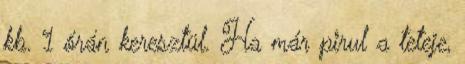
kb. 1 órán keresztül. Ha már pirul a teteje,